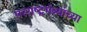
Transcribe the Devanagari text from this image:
परराष्ट्रमंत्र्यांच्या